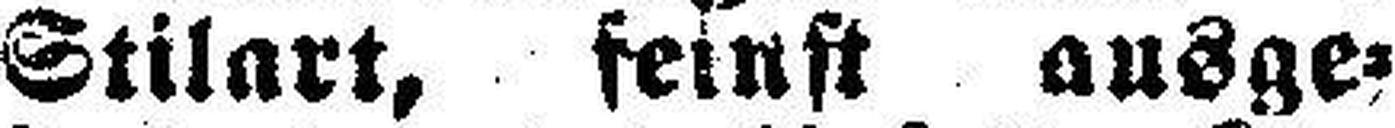
Stilart, feinst ausge¬